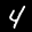
Label: 4